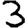
Digit: 3